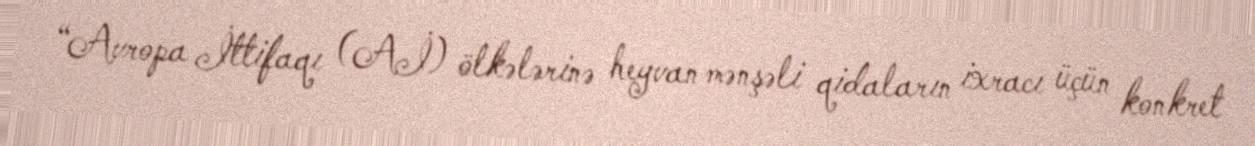
“Avropa İttifaqı (Aİ) ölkələrinə heyvan mənşəli qidaların ixracı üçün konkret